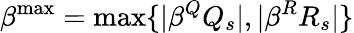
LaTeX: \beta^{\operatorname*{max}}=\operatorname*{max}\{ |\beta^{Q}Q_{s}|,|\beta^{R}R_{s}|\}